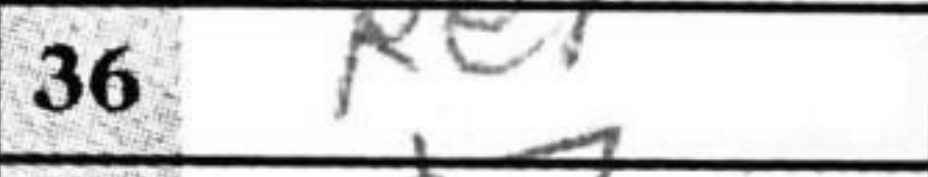
Transcription: Re1